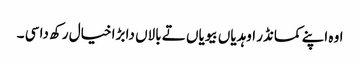
اوہ اپنے کمانڈر اوہدیاں بیویاں تے بالاں دا بڑا خیال رکھ دا سی ۔